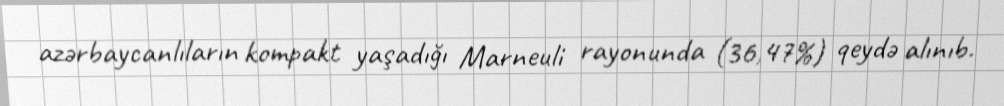
azərbaycanlıların kompakt yaşadığı Marneuli rayonunda (36,47%) qeydə alınıb.